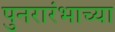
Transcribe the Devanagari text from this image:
पुनरारंभाच्या